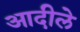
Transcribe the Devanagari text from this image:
आदीले